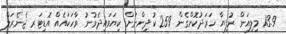
13.9 މިލިއަން ރުފިޔާ ޚަރަދުކޮށްގެން 259 ކުދިންނަށް ކިޔަވައިދެވުނު ވާހަކައެއް އޮޑިޓަރ ޖެނެރަލް